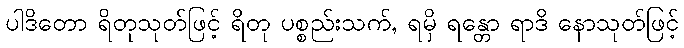
ပါဒိတော ရိတုသုတ်ဖြင့် ရိတု ပစ္စည်းသက်, ရမှိ ရန္တော ရာဒိ နောသုတ်ဖြင့်